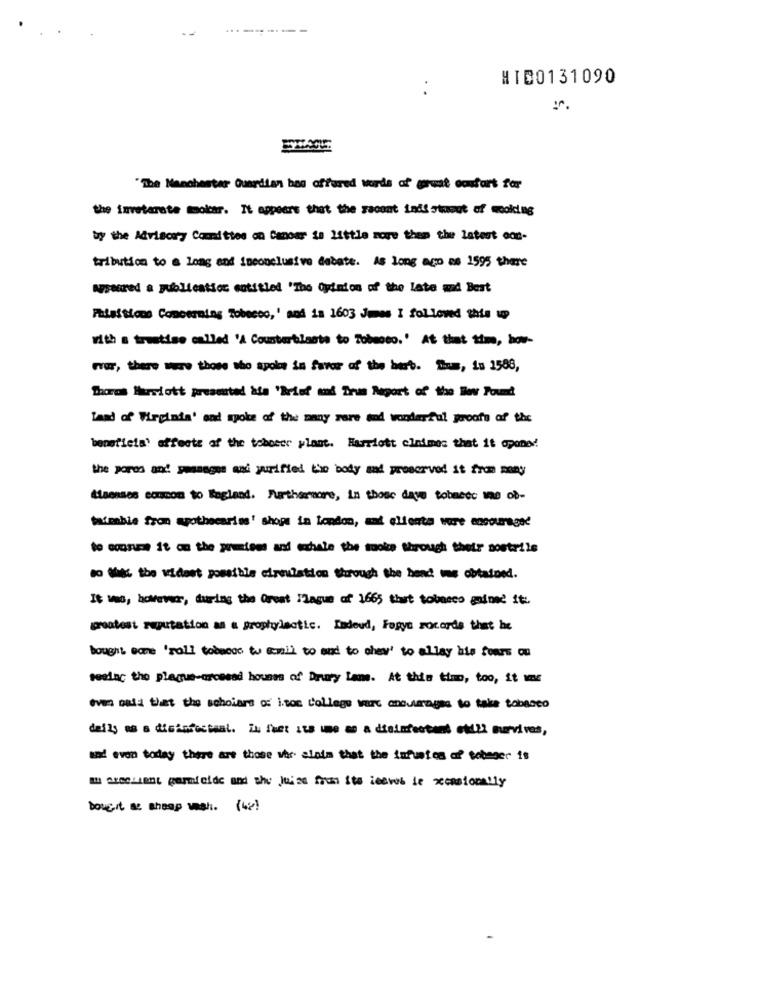
HID0131090
"The Manchester Guardian boa offered Words of grunt confort for
the inveterate mookcar. It appears that the racont inds stuout of wooking
by the Advisory Committee on Canoar ia little more then the latest con-
tribution to a long and inconclusive debate. As long ago as 1595 there
asacred a publication entitled 'The Opinion of the late and Best
Fatettions Concerning Tobacco,' and is 1603 James I followed this up
with a treatise called 'A Counterblasts to Tobacco.' At that time, bow-
For, there sure those who apole in favor of the best. "hum, is 1588,
Shores Herslott presented ata 'Brief and Trus Report of the Bow Found
Land of Virginia' and spoke of the many rare and wonderful proofs of the
beneficia' affecte of the tobecer ylant. Harriott elnimes that it apane !!
the pords and peamagus ani yurified the body and preserved it from many
Miaenses common to Bagland. Furthermore, in those days tobaete Ine of-
faisable fron apothecaries' shops in london, and cliente were encouraged
to conce it on the pretens and whale the mooke through their nostrils
so ligt the widest possible eiroulation through the bend mne obtained.
It was, however, during the Great Plague of 1665 that tobneco gained ft :.
greatest reputation as a prophylactic. Ladeud, Fogys socards that he
bought wane 'roll torneos to email to and to chew' to allay his fours on
teslac the plague-crossed houses of Drury La. At this time, too, it wmns
even oala thet the scholars of itoc College ware ansutrages to take tobacco
daily as a disinfectsal. Zu fuet its une m a disinfectant etti survives,
and even today there are those vor alnim that the imfunton of' tobeger is
marcelsant carmicide and the juice from its leeweb ie xcasionally
boue.it as shesp wash. (4)